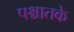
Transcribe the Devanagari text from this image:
पश्चातके